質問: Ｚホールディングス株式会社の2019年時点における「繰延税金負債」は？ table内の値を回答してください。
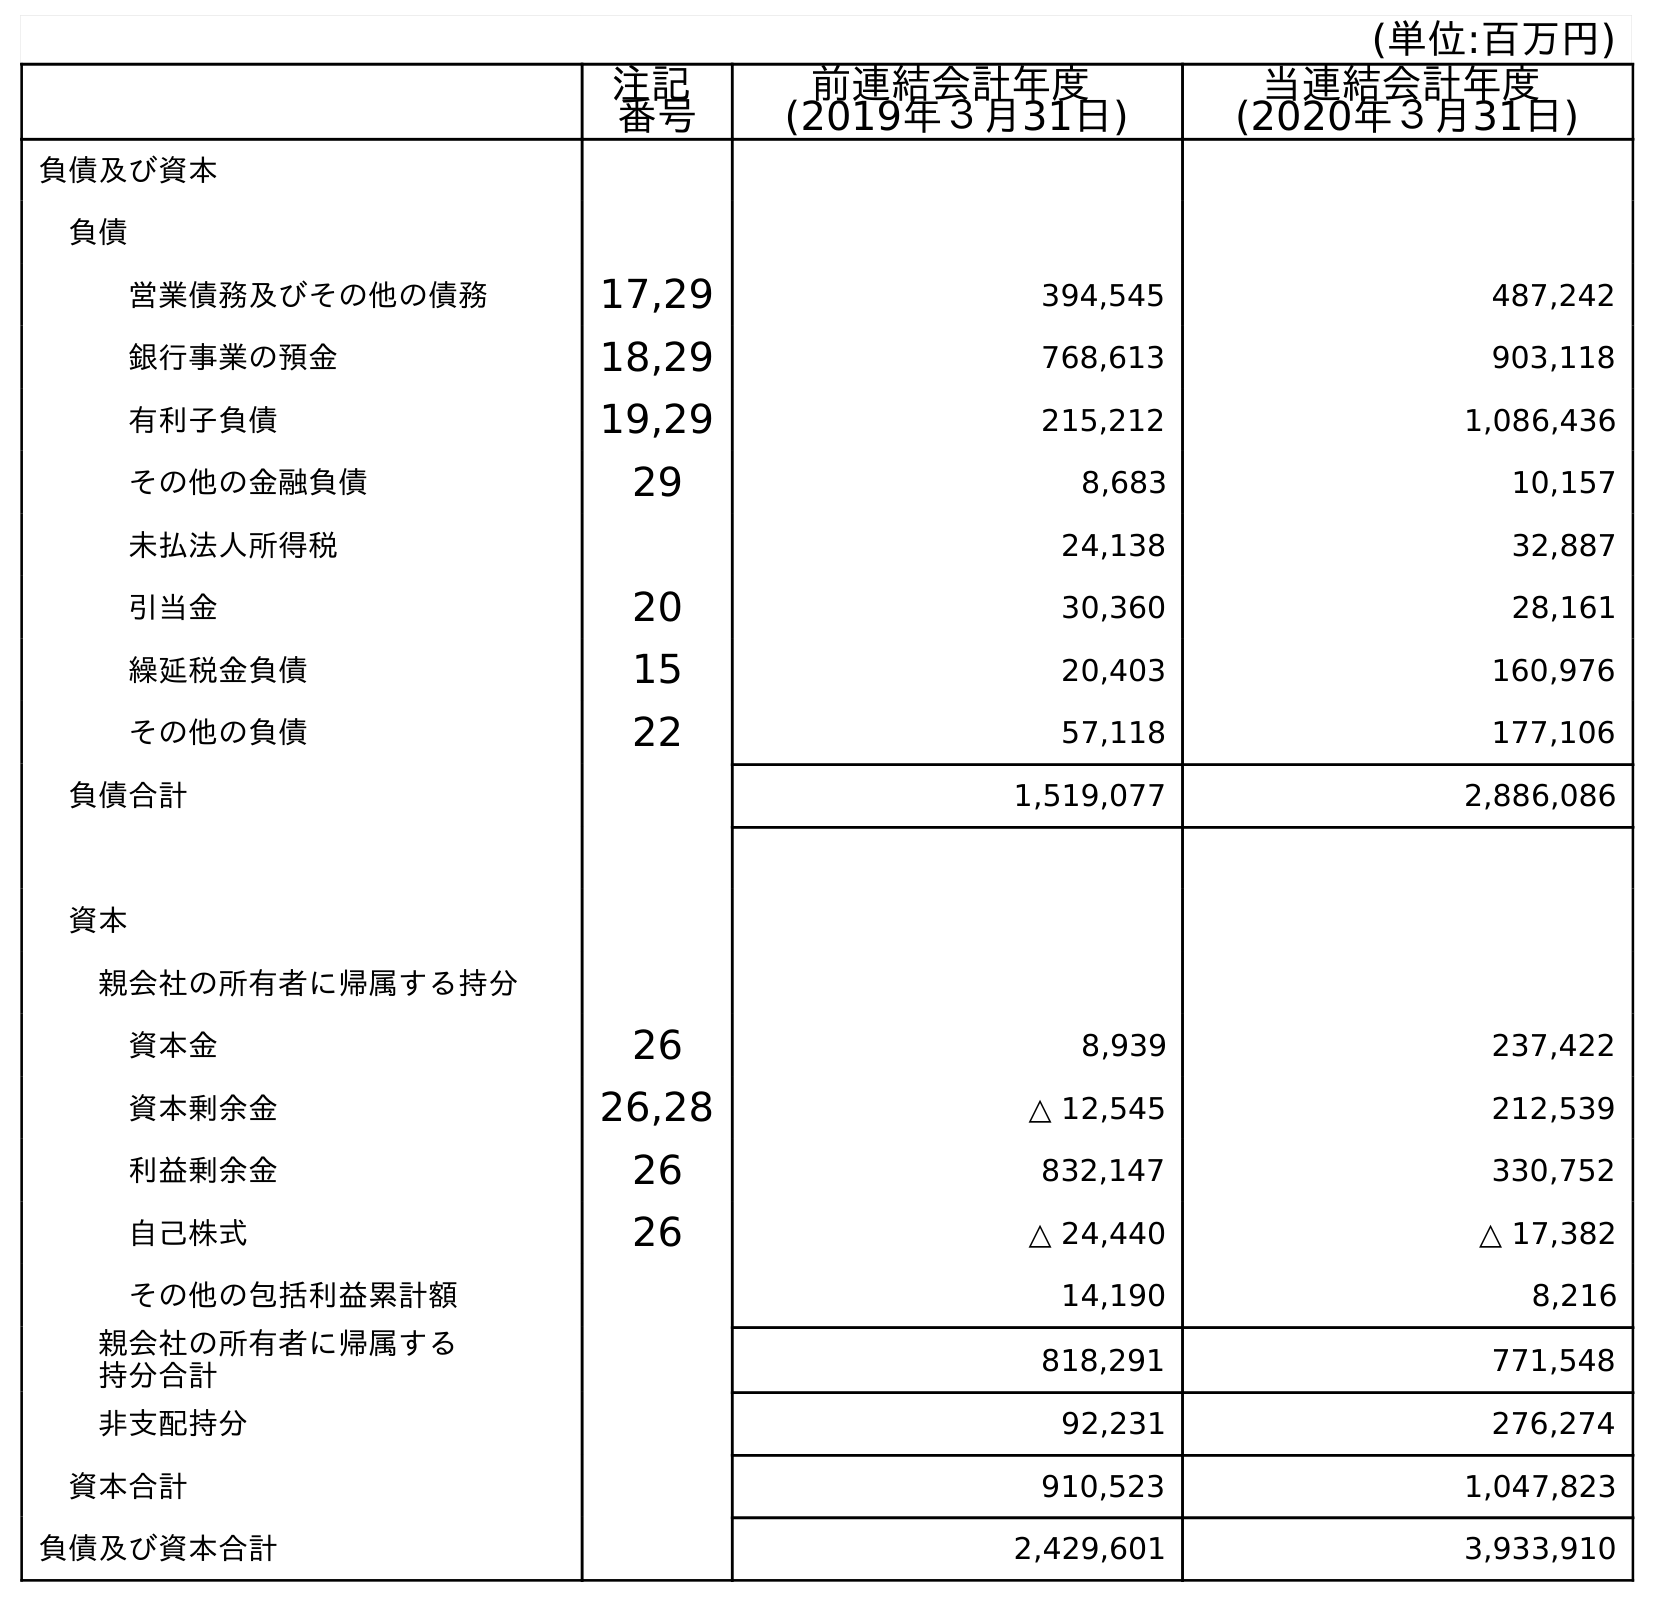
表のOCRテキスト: (単位:百万円) 注記 番号 前連結会計年度 (2019年３月31日) 当連結会計年度 (2020年３月31日) 負債及び資本 負債 営業債務及びその他の債務 17,29 394,545 487,242 銀行事業の預金 18,29 768,613 903,118 有利子負債 19,29 215,212 1,086,436 その他の金融負債 29 8,683 10,157 未払法人所得税 24,138 32,887 引当金 20 30,360 28,161 繰延税金負債 15 20,403 160,976 その他の負債 22 57,118 177,106 負債合計 1,519,077 2,886,086 資本 親会社の所有者に帰属する持分 資本金 26 8,939 237,422 資本剰余金 26,28 △ 12,545 212,539 利益剰余金 26 832,147 330,752 自己株式 26 △ 24,440 △ 17,382 その他の包括利益累計額 14,190 8,216 親会社の所有者に帰属する 持分合計 818,291 771,548 非支配持分 92,231 276,274 資本合計 910,523 1,047,823 負債及び資本合計 2,429,601 3,933,910
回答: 20,403